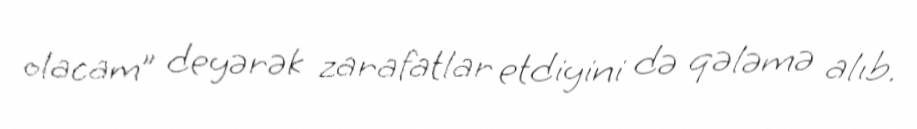
olacam” deyərək zarafatlar etdiyini də qələmə alıb.